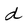
Character: d